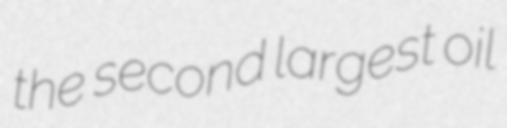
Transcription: the second largest oil